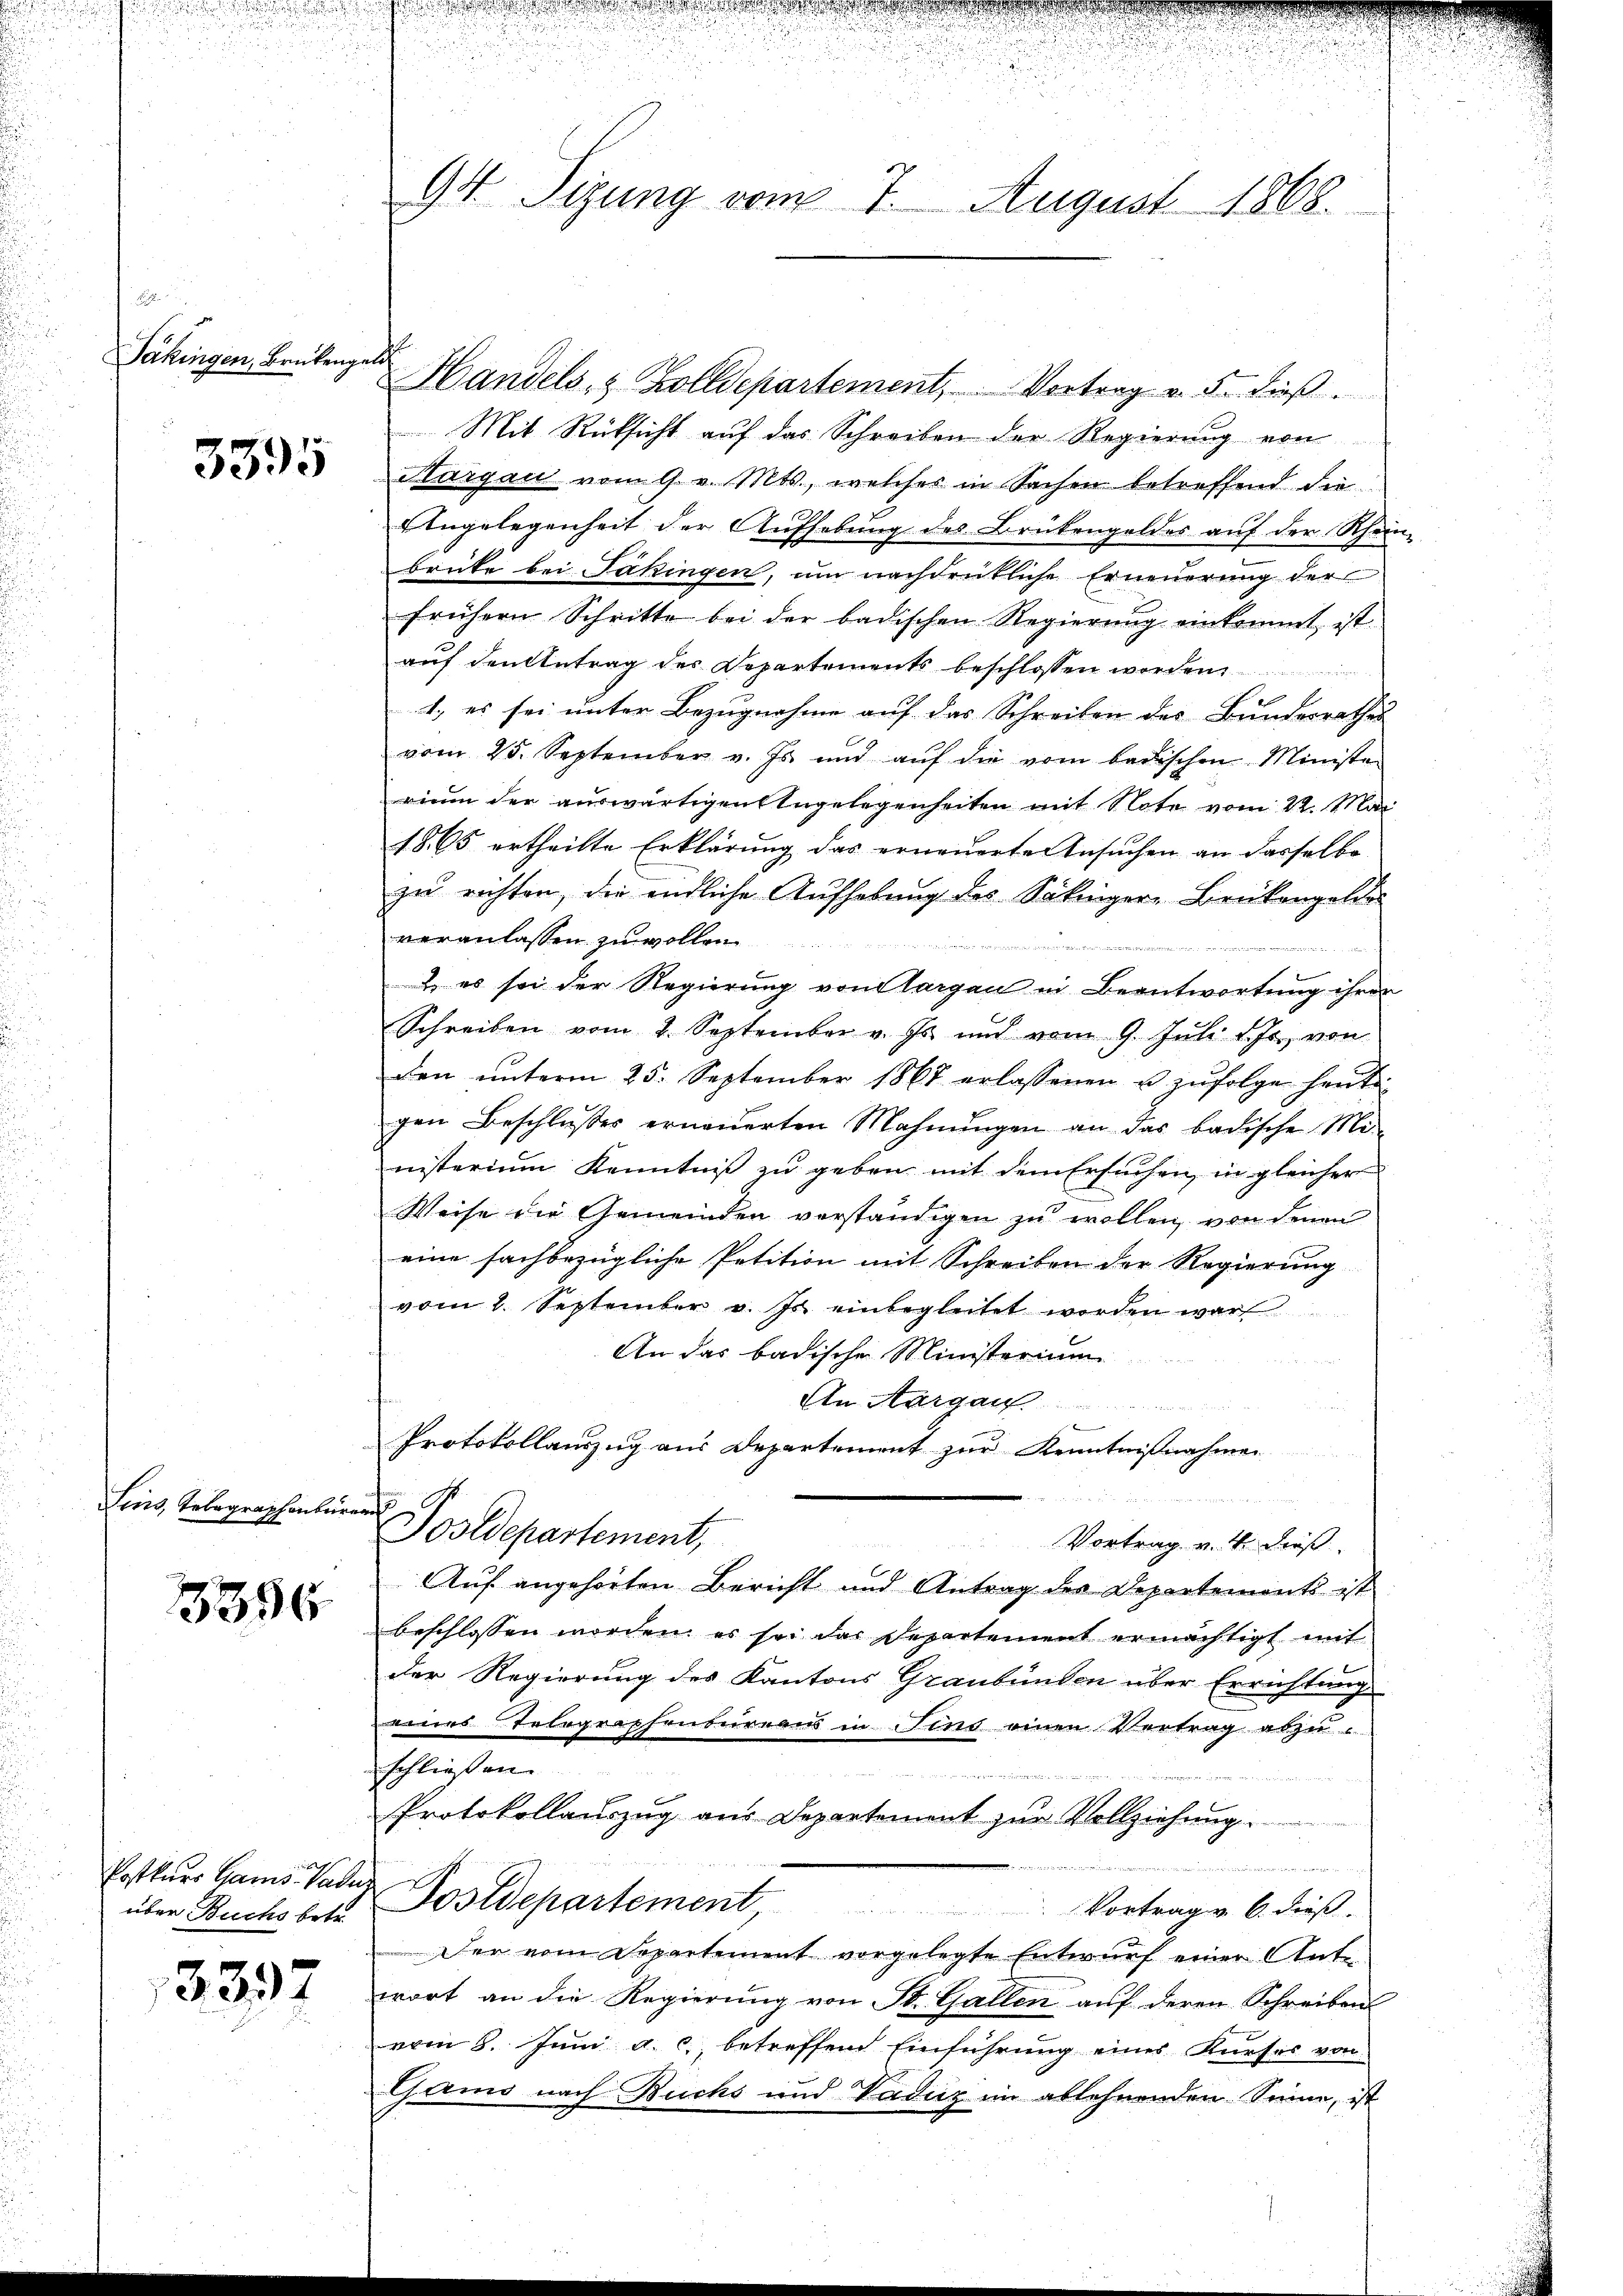
Pakingen, Brükengeld

3395

Sins, Telegraphenbüren

3356

über Buchs betr.

3397

94. Sizung vom 7. August 1868.

Handels- & Zolldepartement, Vortrag v. 5. dieß.
Mit Rücksicht auf das Schreiben der Regierung von
Hargau vom 9. v. Mts., welches in Sachen betreffend die
Engelegenheit der Aufhebung des Brükengeldes auf der Rhein-
brücke bei Päkingen, um nachdrükliche Erneuerung der
frühern Schritte bei der badischen Regierung einkommt ist
auf den betrag des Departements beschlossen worden
1., es sei unter Bezugnahme auf das Schreiben des Bunderrathes
vom 25. September v. Js. und aŭf die vom badischen Ministe-
rium der auswärtigen Angelegenheiten mit Note vom 22. Mai
1865 ertheilte Erklärung das erneuertensuchen an dasselbe
zu richten, die endliche Aufhebung des Säkinger-Brükengeldes
veranlassen zu wollen

) es sei der Regierung von Aargau in Beantwortung ihrer
Schreiben vom 2. September v. Js. und vom 9. Jŭli d. Js. von
den ŭnterm 25. September 1867 erlassenen u zŭfolge heut
gen Beschlŭsses erneŭerten Mahnŭngen an das badische Mi-
nisterium Kenntniß zu geben mit dem Ersuchen, in gleicher
Weise die Gemeinden verständigen zu wollen, von denen
eine sachbezügliche Petition mit Schreiben der Regierung
vom 2. September v. Js. einbegleitet worden war
An das badische Ministerium
En Aargau
u
.
Protokollauszug aus Departement zur Kenntnißnahmen
Postdepartement,

Vortrag v. 4. dieß
Aŭf angehörten Bericht und Antrag des Departements ist
beschlossen worden, es sei das Departement ermächtigt mit
der Regierung des Kantons Graubünden über Errichtung
eines Telegraphenbureau in Fins einen Vertrag abzu-
schließen. |
Protokollauszug aus Departement zur Vollziehung.
.
Postkurs Gams Pader Postdepartement Vortragen 6. dieβ.
Der vom Departement vorgelegte Entwurf einer Antwort an die Regierŭng von St. Gallen aŭf deren Schreibens
vom 8. Jŭni a. c. betreffend Einführung eines Kŭrses von
Gario nach Buchs und Vadicz im ablehnenden Sinne, ist